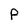
Character: P